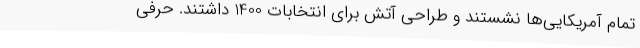
تمام آمریکایی‌ها نشستند و طراحی آتش برای انتخابات 1400 داشتند. حرفی